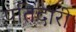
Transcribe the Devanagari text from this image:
पतिदारी